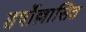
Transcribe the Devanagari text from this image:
हर्षोल्लासित